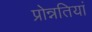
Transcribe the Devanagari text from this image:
प्रोन्नतियां